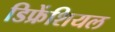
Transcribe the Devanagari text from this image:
डिफ्रेंशियल